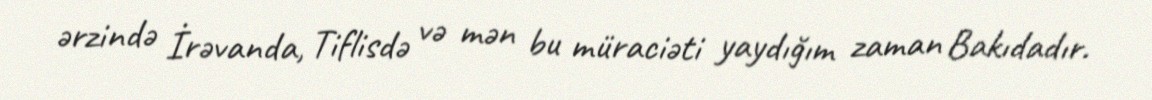
ərzində İrəvanda, Tiflisdə və mən bu müraciəti yaydığım zaman Bakıdadır.